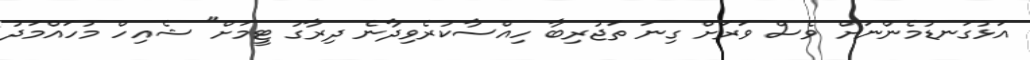
އަޅުގަނޑުމެންނަށް ވެސް ވަރަށް ގިނަ ތަޖުރިބާ ހިއްސާކުރެވިދާނެ ދިރާގު ޓީމަށް" ޝެއިހް މުހައްމަދު